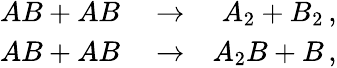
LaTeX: \begin{array}{rlr}{AB+AB}&{{}\rightarrow}&{A_{2}+B_{2}\, ,}\\ {AB+AB}&{{}\rightarrow}&{A_{2}B+B\, ,}\end{array}